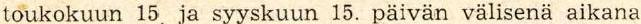
toukokuun 15 ja syyskuun 15. päivän välisenä aikana